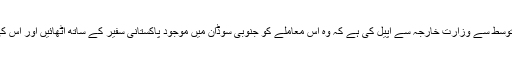
ایاز جمالی کے اہل خانہ نے میڈیا کے توسط سے وزارت خارجہ سے اپیل کی ہے کہ وہ اس معاملے کو جنوبی سوڈان میں موجود پاکستانی سفیر کے ساتھ اٹھائیں اور اس کی بازیابی کے لیے اقدامات کیے جائیں۔